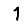
Digit: 1